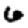
Digit: 6